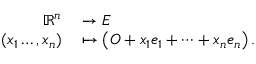
\begin{array} { r l } { \mathbb { R } ^ { n } } & { { } \to E } \\ { ( x _ { 1 } \dots , x _ { n } ) } & { { } \mapsto \left( O + x _ { 1 } e _ { 1 } + \dots + x _ { n } e _ { n } \right) . } \end{array}